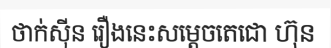
ថាក់ស៊ីន រឿងនេះសម្តេចតេជោ ហ៊ុន